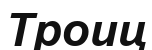
Троиц